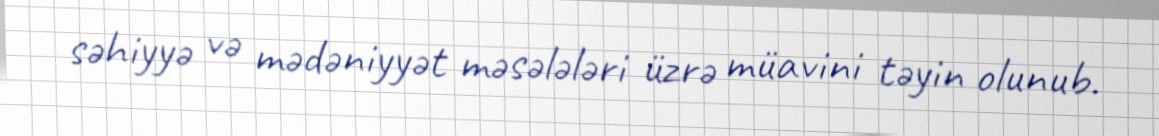
səhiyyə və mədəniyyət məsələləri üzrə müavini təyin olunub.